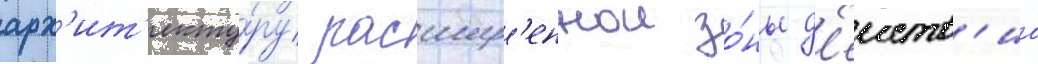
арх'ит'екту́ру расшир'еннои зо́ны д'еиств'иа